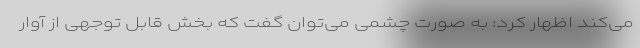
می‌کند اظهار کرد: به صورت چشمی می‌توان گفت که بخش قابل توجهی از آوار